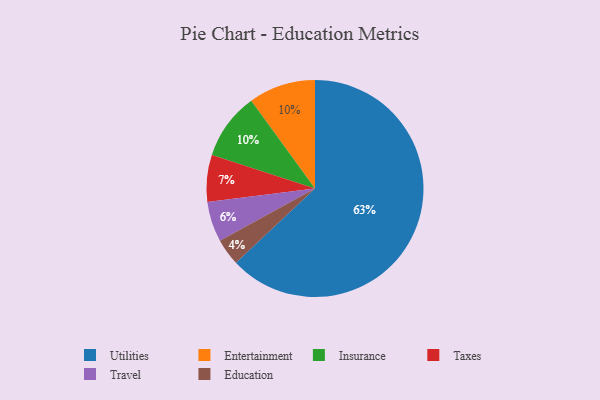
{"axis": {"x": "Category", "y": "Percentage"}, "legend": ["Education", "Entertainment", "Insurance", "Taxes", "Travel", "Utilities"], "data": [{"x": "Travel", "y": 6, "type": "Travel"}, {"x": "Entertainment", "y": 10, "type": "Entertainment"}, {"x": "Taxes", "y": 7, "type": "Taxes"}, {"x": "Education", "y": 4, "type": "Education"}, {"x": "Utilities", "y": 63, "type": "Utilities"}, {"x": "Insurance", "y": 10, "type": "Insurance"}]}